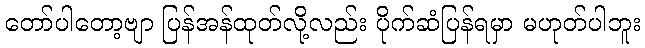
တော်ပါတော့ဗျာ ပြန်အန်ထုတ်လို့လည်း ပိုက်ဆံပြန်ရမှာ မဟုတ်ပါဘူး